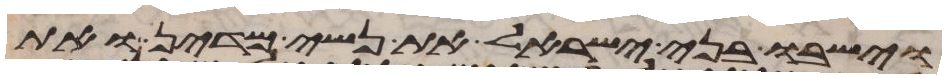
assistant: וישבו בני ישראל את נשי מדין ואת